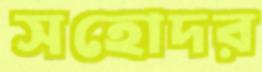
সহোদর